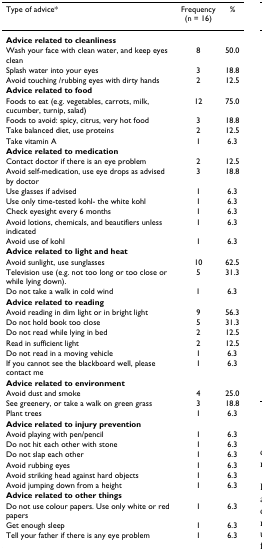
<table><thead><tr><td><b>Type of advice*</b></td><td><b>Frequency (n = 16)</b></td><td><b><i>%</i></b></td></tr></thead><tbody><tr><td><b>Advice related to cleanliness</b></td><td></td><td></td></tr><tr><td>Wash your face with clean water, and keep eyes clean</td><td>8</td><td>50.0</td></tr><tr><td>Splash water into your eyes</td><td>3</td><td>18.8</td></tr><tr><td>Avoid touching /rubbing eyes with dirty hands</td><td>2</td><td>12.5</td></tr><tr><td><b>Advice related to food</b></td><td></td><td></td></tr><tr><td>Foods to eat (e.g. vegetables, carrots, milk, cucumber, turnip, salad)</td><td>12</td><td>75.0</td></tr><tr><td>Foods to avoid: spicy, citrus, very hot food</td><td>3</td><td>18.8</td></tr><tr><td>Take balanced diet, use proteins</td><td>2</td><td>12.5</td></tr><tr><td>Take vitamin A</td><td>1</td><td>6.3</td></tr><tr><td><b>Advice related to medication</b></td><td></td><td></td></tr><tr><td>Contact doctor if there is an eye problem</td><td>2</td><td>12.5</td></tr><tr><td>Avoid self-medication, use eye drops as advised by doctor</td><td>3</td><td>18.8</td></tr><tr><td>Use glasses if advised</td><td>1</td><td>6.3</td></tr><tr><td>Use only time-tested kohl- the white kohl</td><td>1</td><td>6.3</td></tr><tr><td>Check eyesight every 6 months</td><td>1</td><td>6.3</td></tr><tr><td>Avoid lotions, chemicals, and beautifiers unless indicated</td><td>1</td><td>6.3</td></tr><tr><td>Avoid use of kohl</td><td>1</td><td>6.3</td></tr><tr><td><b>Advice related to light and heat</b></td><td></td><td></td></tr><tr><td>Avoid sunlight, use sunglasses</td><td>10</td><td>62.5</td></tr><tr><td>Television use (e.g. not too long or too close or while lying down).</td><td>5</td><td>31.3</td></tr><tr><td>Do not take a walk in cold wind</td><td>1</td><td>6.3</td></tr><tr><td><b>Advice related to reading</b></td><td></td><td></td></tr><tr><td>Avoid reading in dim light or in bright light</td><td>9</td><td>56.3</td></tr><tr><td>Do not hold book too close</td><td>5</td><td>31.3</td></tr><tr><td>Do not read while lying in bed</td><td>2</td><td>12.5</td></tr><tr><td>Read in sufficient light</td><td>2</td><td>12.5</td></tr><tr><td>Do not read in a moving vehicle</td><td>1</td><td>6.3</td></tr><tr><td>If you cannot see the blackboard well, please contact me</td><td>1</td><td>6.3</td></tr><tr><td><b>Advice related to environment</b></td><td></td><td></td></tr><tr><td>Avoid dust and smoke</td><td>4</td><td>25.0</td></tr><tr><td>See greenery, or take a walk on green grass</td><td>3</td><td>18.8</td></tr><tr><td>Plant trees</td><td>1</td><td>6.3</td></tr><tr><td><b>Advice related to injury prevention</b></td><td></td><td></td></tr><tr><td>Avoid playing with pen/pencil</td><td>1</td><td>6.3</td></tr><tr><td>Do not hit each other with stone</td><td>1</td><td>6.3</td></tr><tr><td>Do not slap each other</td><td>1</td><td>6.3</td></tr><tr><td>Avoid rubbing eyes</td><td>1</td><td>6.3</td></tr><tr><td>Avoid striking head against hard objects</td><td>1</td><td>6.3</td></tr><tr><td>Avoid jumping down from a height</td><td>1</td><td>6.3</td></tr><tr><td><b>Advice related to other things</b></td><td></td><td></td></tr><tr><td>Do not use colour papers. Use only white or red papers</td><td>1</td><td>6.3</td></tr><tr><td>Get enough sleep</td><td>1</td><td>6.3</td></tr><tr><td>Tell your father if there is any eye problem</td><td>1</td><td>6.3</td></tr></tbody></table>